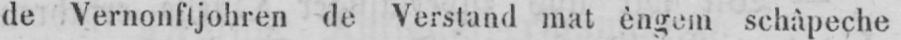
de Vernonftjohren de Verstand mat èngem schâpeche